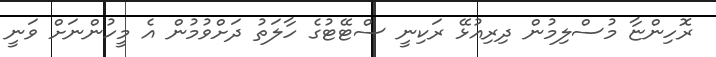
ރޮހިންޏާ މުސްލިމުން ދިރިއުޅޭ ރަކިނީ ސްޓޭޓުގެ ހާލަތު ދަށްވުމުން އެ މީހުންނަށް ވަނީ